Annual report on the Civil Veterinary Department, Burma (including the Insein Veterinary School) - 1923-1931
Year: 1923
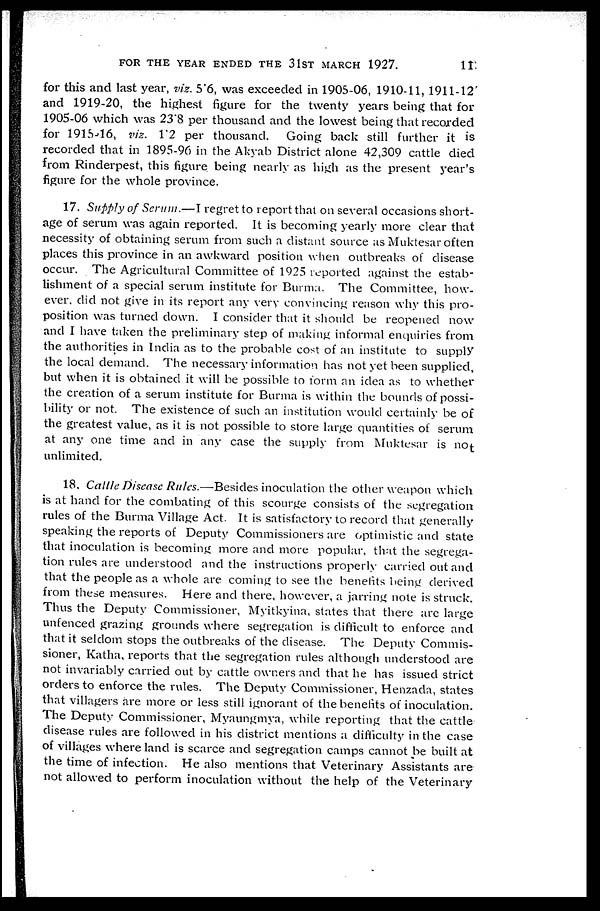
FOR THE YEAR ENDED THE 31ST MARCH 1927.
11
for this and last year, viz. 5.6, was exceeded in 1905-06, 1910-11, 1911-12
and 1919-20, the highest figure for the twenty years being that for
1905-06 which was 23'8 per thousand and the lowest being that recorded
for 1915-16, viz. 1.2 per thousand.
Going back still further it is
recorded that in 1895-96 in the Akyab District alone 42,309 cattle died
from Rinderpest, this figure being nearly as high as the present year's
figure for the whole province.
17. Supply of Serum.—I regret to report that on several occasions short-
age of serum was again reported. It is becoming yearly more clear that
necessity of obtaining serum from such a distant source as Muktesar often
places this province in an awkward position when outbreaks of disease
occur. The Agricultural Committee of 1925 reported against the estab-
lishment of a special serum institute for Burma. The Committee, how-
ever, did not give in its report any very convincing reason why this pro-
position was turned down. I consider that it should be reopened now
and I have taken the preliminary step of making informal enquiries from
the authorities in India as to the probable cost of an institute to supply
the local demand. The necessary information has not yet been supplied,
but when it is obtained it will be possible to form an idea as to whether
the creation of a serum institute for Burma is within the bounds of possi-
bility or not. The existence of such an institution would certainly be of
the greatest value, as it is not possible to store large quantities of serum
at any one time and in any case the supply from Muktesar is not
unlimited.
18. Cattle Disease Rules.—Besides inoculation the other weapon which
is at hand for the combating of this scourge consists of the segregation
rules of the Burma Village Act. It is satisfactory to record that generally
speaking the reports of Deputy Commissioners are optimistic and state
that inoculation is becoming more and more popular, that the segrega-
tion rules are understood and the instructions properly carried out and
that the people as a whole are coming to see the benefits being derived
from these measures. Here and there, however, a jarring note is struck.
Thus the Deputy Commissioner, Myitkyina, states that there are large
unfenced grazing grounds where segregation is difficult to enforce and
that it seldom stops the outbreaks of the disease. The Deputy Commis-
sioner, Katha, reports that the segregation rules although understood are
not invariably carried out by cattle owners and that he has issued strict
orders to enforce the rules. The Deputy Commissioner, Henzada, states
that villagers are more or less still ignorant of the benefits of inoculation.
The Deputy Commissioner, Myaungmya, while reporting that the cattle
disease rules are followed in his district mentions a difficulty in the case
of villages where land is scarce and segregation camps cannot be built at
the time of infection. He also mentions that Veterinary Assistants are
not allowed to perform inoculation without the help of the Veterinary